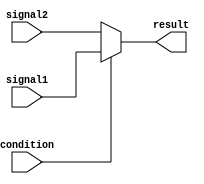
module conditional_assign(
    input wire condition,
    input wire signal1,
    input wire signal2,
    output reg result
);

always @(*) begin
    if (condition) begin
        result = signal1;
    end else begin
        result = signal2;
    end
end

endmodule